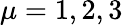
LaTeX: \mu=1,2,3